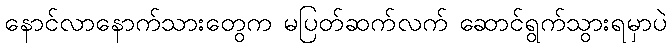
နောင်လာနောက်သားတွေက မပြတ်ဆက်လက် ဆောင်ရွက်သွားရမှာပဲ